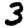
Digit: 3